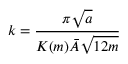
k = \frac { \pi \sqrt { a } } { K ( m ) \bar { A } \sqrt { 1 2 m } }